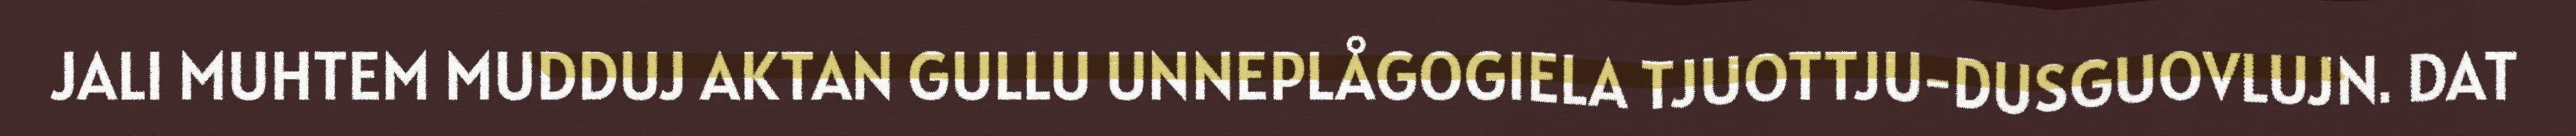
JALI MUHTEM MUDDUJ AKTAN GULLU UNNEPLÅGOGIELA TJUOTTJU-DUSGUOVLUJN. DAT